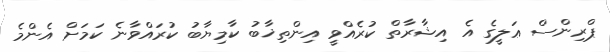
ޕްރިންސް ޢަލީގެ އެ އިޝާރާތް ކުރެއްވީ އިންތިޚާބު ކާމިޔާބު ކުރައްވާނެ ކަމަށް އެންމެ